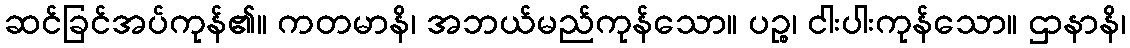
ဆင်ခြင်အပ်ကုန်၏။ ကတမာနိ၊ အဘယ်မည်ကုန်သော။ ပဉ္စ၊ ငါးပါးကုန်သော။ ဌာနာနိ၊